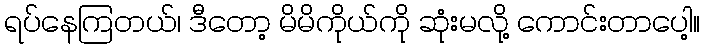
ရပ်နေကြတယ်၊ ဒီတော့ မိမိကိုယ်ကို ဆုံးမလို့ ကောင်းတာပေါ့။